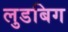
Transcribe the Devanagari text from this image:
लुडबिग